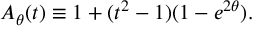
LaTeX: A _ { \theta } ( t ) \equiv 1 + ( t ^ { 2 } - 1 ) ( 1 - e ^ { 2 \theta } ) .